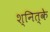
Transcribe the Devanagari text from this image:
श्नित्के